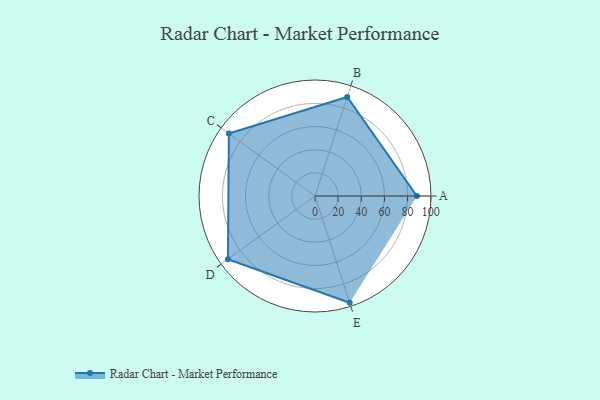
{"axis": {"x": "Skill", "y": "Score"}, "legend": ["Profile"], "data": [{"x": "A", "y": 88.0, "type": "Profile"}, {"x": "B", "y": 90.0, "type": "Profile"}, {"x": "C", "y": 92.0, "type": "Profile"}, {"x": "D", "y": 93.0, "type": "Profile"}, {"x": "E", "y": 97.0, "type": "Profile"}]}